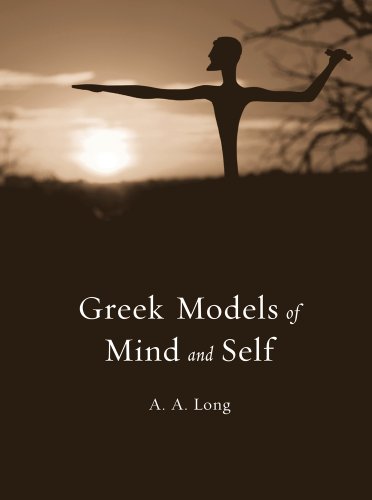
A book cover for Greek Models of Mind and Self (Revealing Antiquity); A. A. Long; Medical Books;